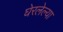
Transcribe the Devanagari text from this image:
घेरलेल्या